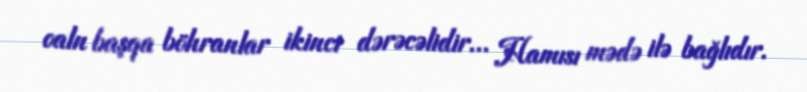
oaln başqa böhranlar ikinci dərəcəlidir... Hamısı mədə ilə bağlıdır.